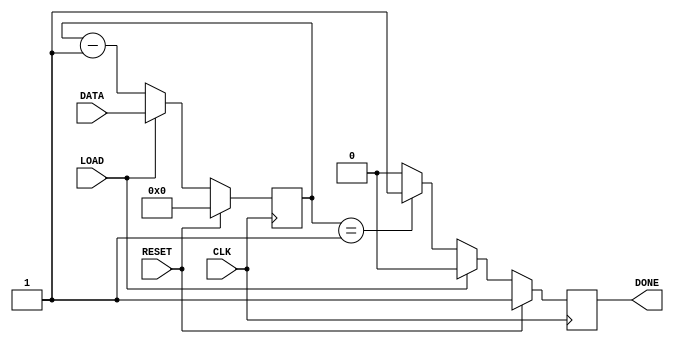
module countdown (RESET, CLK, LOAD, DATA, DONE);

input CLK;
input LOAD;
input [9:0] DATA;
input RESET;

output DONE;

reg DONE;
reg [9:0] timer;

always @(posedge CLK) begin
		
	if(RESET) begin
		timer<=10'b0000000000;
		DONE<=1'b1;
	end
	else if(LOAD) begin
		timer <= DATA;
		DONE<=1'b0;
	end
	else begin
		if(timer==10'b0000000001) begin
			DONE<=1'b1;
		end
		else begin
			DONE<=1'b0;
		end
		timer <= timer-10'b0000000001;	
	end
end
endmodule